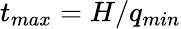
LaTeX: t_{max}=H/q_{min}